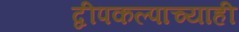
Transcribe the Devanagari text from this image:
द्वीपकल्पाच्याही